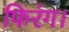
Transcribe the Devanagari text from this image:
फिरंग।